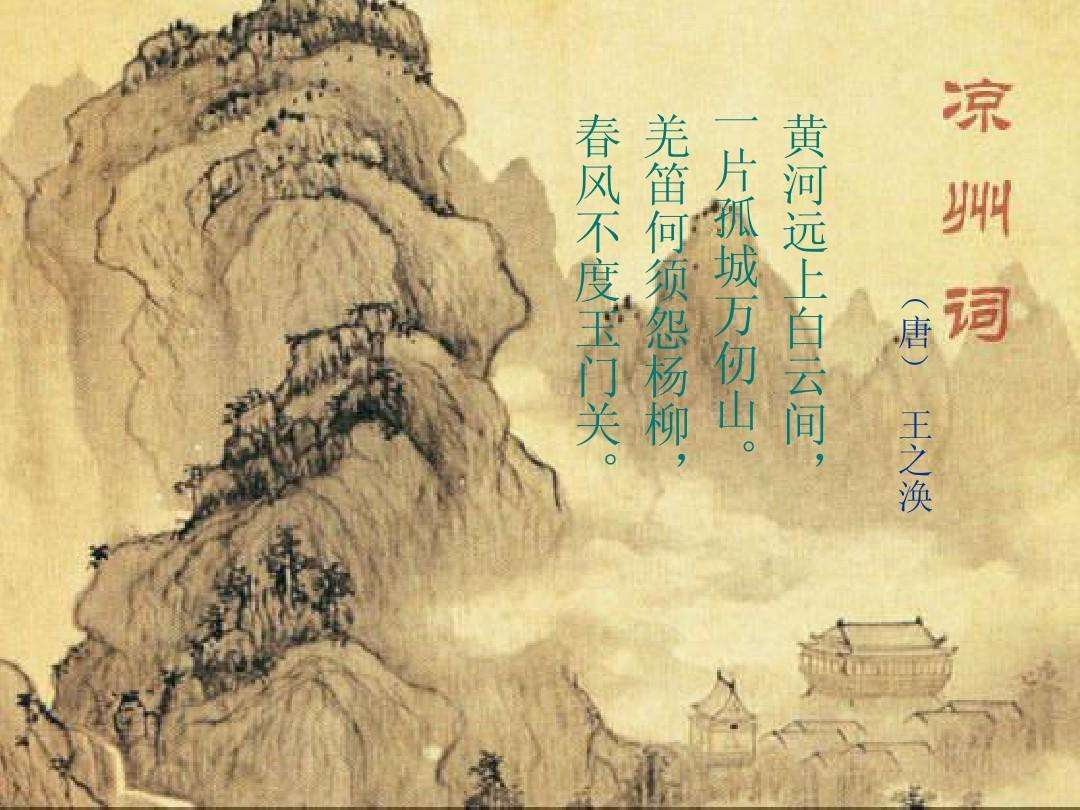
羌笛何须怨杨柳，春风不度玉门关。